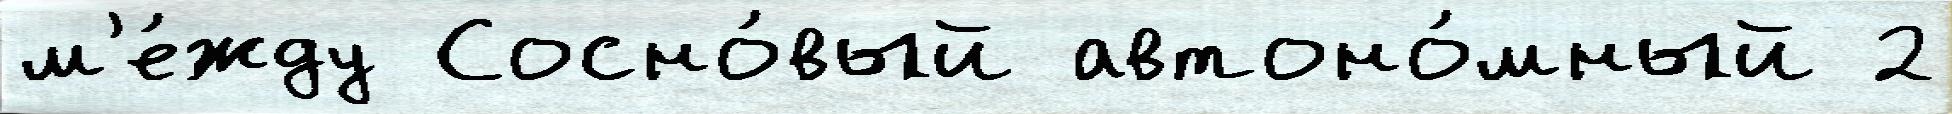
м'е́жду Сосно́вый автоно́мный 2